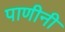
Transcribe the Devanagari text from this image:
पाणीनी